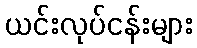
ယင်းလုပ်ငန်းများ